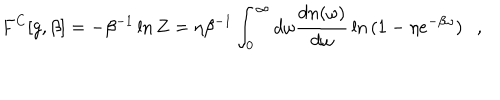
F ^ { C } [ g , \beta ] = - \beta ^ { - 1 } \ln Z = \eta \beta ^ { - 1 } \int _ { 0 } ^ { \infty } d \omega { \frac { d n ( \omega ) } { d \omega } } \ln { ( 1 - \eta e ^ { - \beta \omega } ) } ,